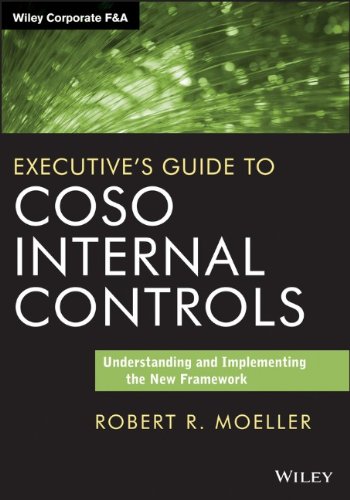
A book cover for Executive's Guide to COSO Internal Controls: Understanding and Implementing the New Framework; Robert R. Moeller; Business & Money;